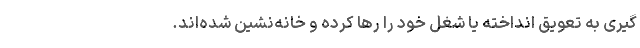
گیری به تعویق انداخته یا شغل خود را رها کرده و خانه‌نشین شده‌اند.